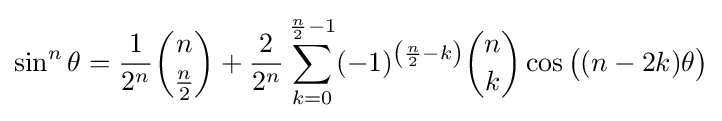
\sin ^{n}\theta ={\frac {1}{2^{n}}}{\binom {n}{\frac {n}{2}}}+{\frac {2}{2^{n}}}\sum _{k=0}^{{\frac {n}{2}}-1}(-1)^{\left({\frac {n}{2}}-k\right)}{\binom {n}{k}}\cos {{\big (}(n-2k)\theta {\big )}}